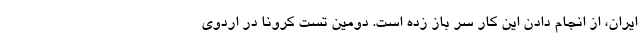
ایران، از انجام دادن این کار سر باز زده است. دومین تست کرونا در اردوی